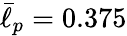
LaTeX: \bar{\ell}_{p}=0.375